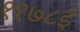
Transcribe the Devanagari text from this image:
११७८ई